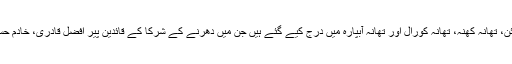
یہ مقدمات اسلام آباد کے تھانہ آئی نائن، تھانہ کھنّہ، تھانہ کورال اور تھانہ آبپارہ میں درج کیے گئے ہیں جن میں دھرنے کے شرکا کے قائدین پیر افضل قادری، خادم حسین رضوی اور دیگر افراد نامزد ہیں۔